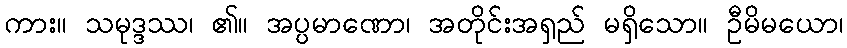
ကား။ သမုဒ္ဒဿ၊ ၏။ အပ္ပမာဏော၊ အတိုင်းအရှည် မရှိသော။ ဦမိမယော၊